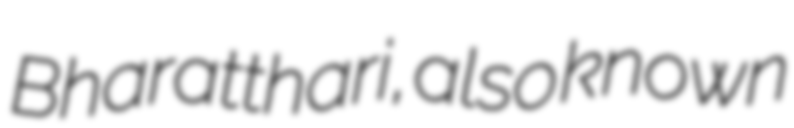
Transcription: Bharatthari, also known